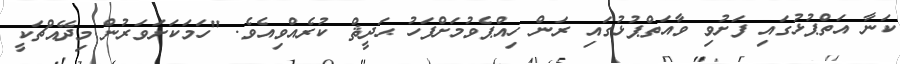
ކަނާ އަތްޕުޅުގައި ފަށުވި ވާއަތްޕުޅުގައި ރަން ހިއްޕެވުމަށްފަހު ޙަދީޘް ކުރެއްވިއެވެ. "ހަމަކަށަވަރުން މިދޭއްޗަކީ